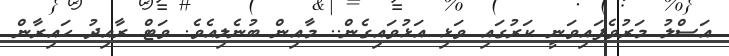
އަސްލު މަރުވެފައިވަނީ ކަރުގައި ވަޅި އަޅުވައިގެން.. މާއިން ބުނެލިއެވެ. ވަޓް ރާއިދު ހައިރާން